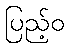
ပြည့်ဝ